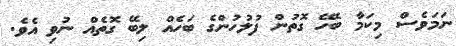
ނަމަވެސް މިކަމާ ބެހޭ ގޮތުން ފުލުހުންގެ ބަހެއް ލިބޭ ގޮތެއް ނުވި އެވެ.